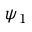
\psi _ { 1 }